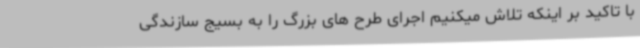
با تاکید بر اینکه تلاش میکنیم اجرای طرح های بزرگ را به بسیج سازندگی